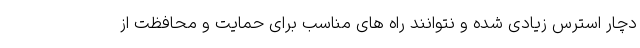
دچار استرس زیادی شده و نتوانند راه های مناسب برای حمایت و محافظت از